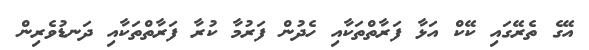
އޭގެ ތެރޭގައި ކޭކް އަޅާ ފަރާތްތަކާއި ހެދުން ފަރުމާ ކުރާ ފަރާތްތަކާއި ދަނޑުވެރިން